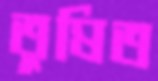
তুষিত